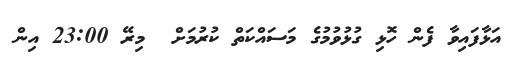
އަޅާފައިވާ ފެން ހޮޅި ގުޅުވުމުގެ މަސައްކަތް ކުރުމަށް  މިރޭ 23:00 އިން